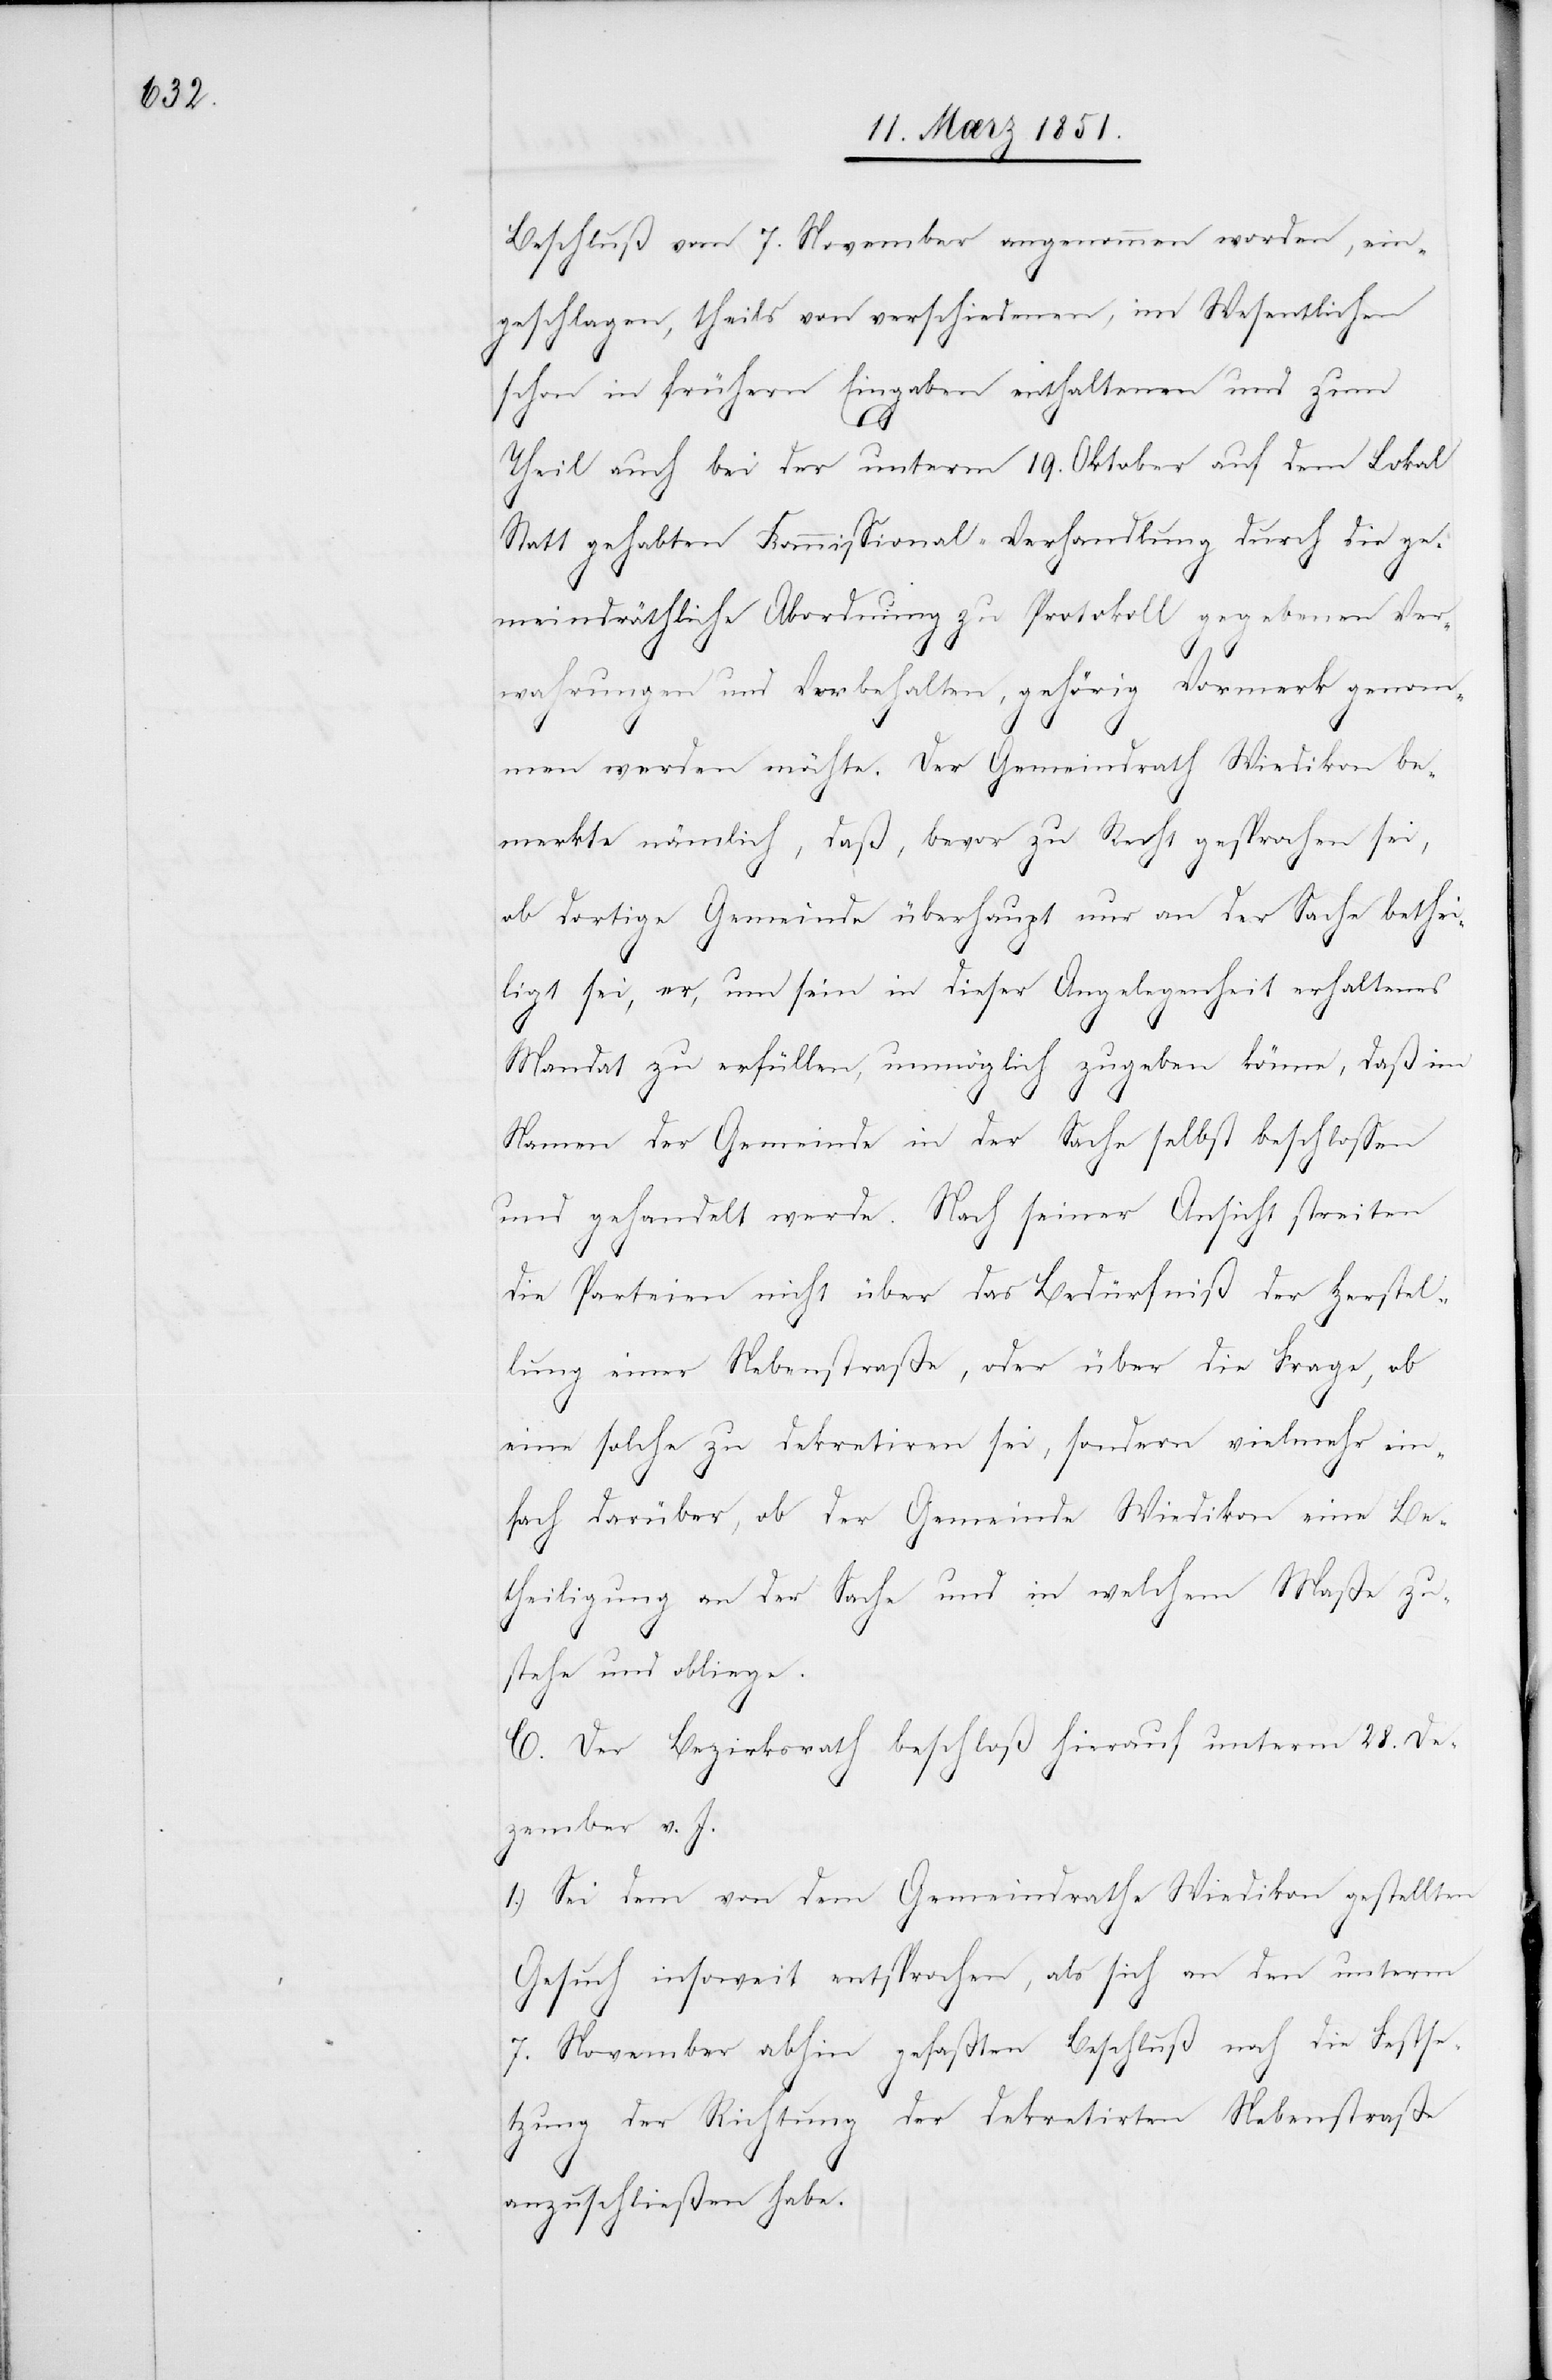
Beschluß vom 7. November angenommen worden, ein¬
geschlagen, theils von verschiedenen, im Wesentlichen
schon in frühern Eingaben enthaltenen und zum
Theil auch bei der unterm 19. Oktober auf dem Lokal
Statt gehabten Kommissional-Verhandlung durch die ge¬
meindräthliche Abordnung zu Protokoll gegebenen Ver¬
wahrungen und Vorbehalten, gehörig Vormerk genom¬
men werden möchte. Der Gemeindrath Wiedikon be¬
merkte nämlich, daß, bevor zu Recht gesprochen sei,
ob dortige Gemeinde überhaupt nur an der Sache bethei¬
ligt sei, er, um sein in dieser Angelegenheit erhaltenes
Mandat zu erfüllen, unmöglich zugeben könne, daß im
Namen der Gemeinde in der Sache selbst beschlossen
und gehandelt werde. Nach seiner Ansicht streiten
die Parteien nicht über das Bedürfniß der Herstel¬
lung einer Nebenstraße, oder über die Frage, ob
eine solche zu dekretiren sei, sondern vielmehr ein¬
fach darüber, ob der Gemeinde Wiedikon eine Be¬
theiligung an der Sache und in welchem Maße zu¬
stehe und obliege.
C. Der Bezirksrath beschloß hierauf unterm 28. De¬
zember v. J.
1.) Sei dem von dem Gemeindrathe Wiedikon gestellten
Gesuch insoweit entsprochen, als sich an den unterm
7. November abhin gefaßten Beschluß noch die Festse¬
tzung der Richtung der dekretirten Nebenstraße
anzuschließen habe.